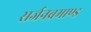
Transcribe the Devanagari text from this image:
सर्जनब्रमाण्ड